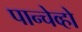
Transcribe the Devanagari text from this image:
पान्चेव्हो